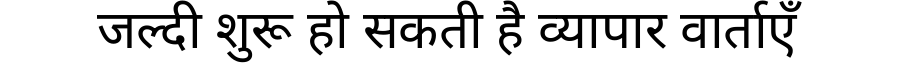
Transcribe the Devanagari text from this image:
जल्दी शुरू हो सकती है व्यापार वार्ताएँ